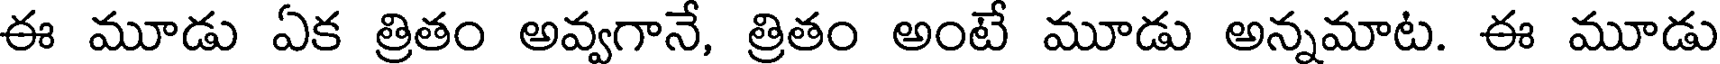
ఈ మూడు ఏక త్రితం అవ్వగానే, త్రితం అంటే మూడు అన్నమాట. ఈ మూడు